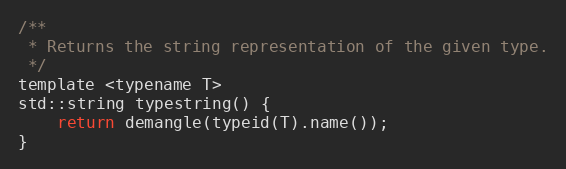
Language: C
/**
 * Returns the string representation of the given type.
 */
template <typename T>
std::string typestring() {
	return demangle(typeid(T).name());
}